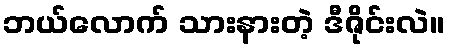
ဘယ်လောက် သားနားတဲ့ ဒီဇိုင်းလဲ။